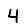
Digit: 4